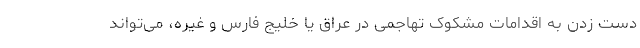
دست زدن به اقدامات مشکوک تهاجمی در عراق یا خلیج فارس و غیره،‌ می‌تواند